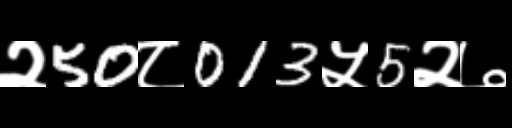
Text: २50८013५5२७